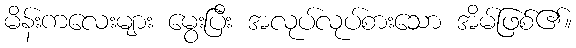
မိန်းကလေးများ မွေးပြီး အလုပ်လုပ်စားသော အိမ်ဖြစ်၏။